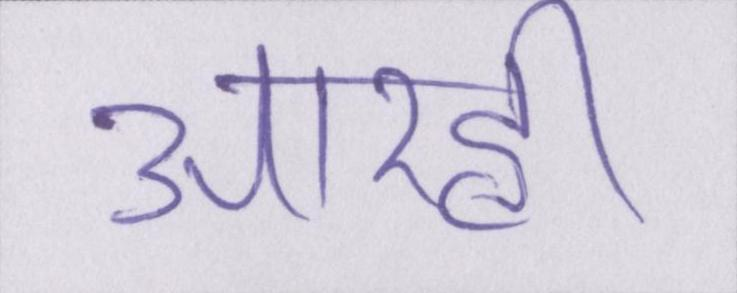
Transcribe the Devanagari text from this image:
आरही